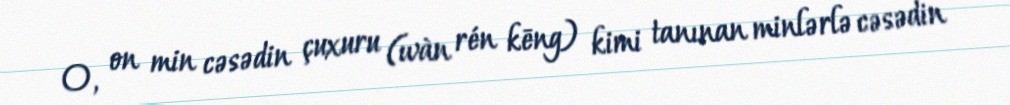
O, on min cəsədin çuxuru (wàn rén kēng) kimi tanınan minlərlə cəsədin